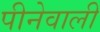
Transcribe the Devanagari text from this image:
पीनेवाली